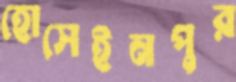
হোসেইনপুর